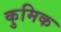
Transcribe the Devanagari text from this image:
कुमिक